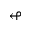
\looparrowleft